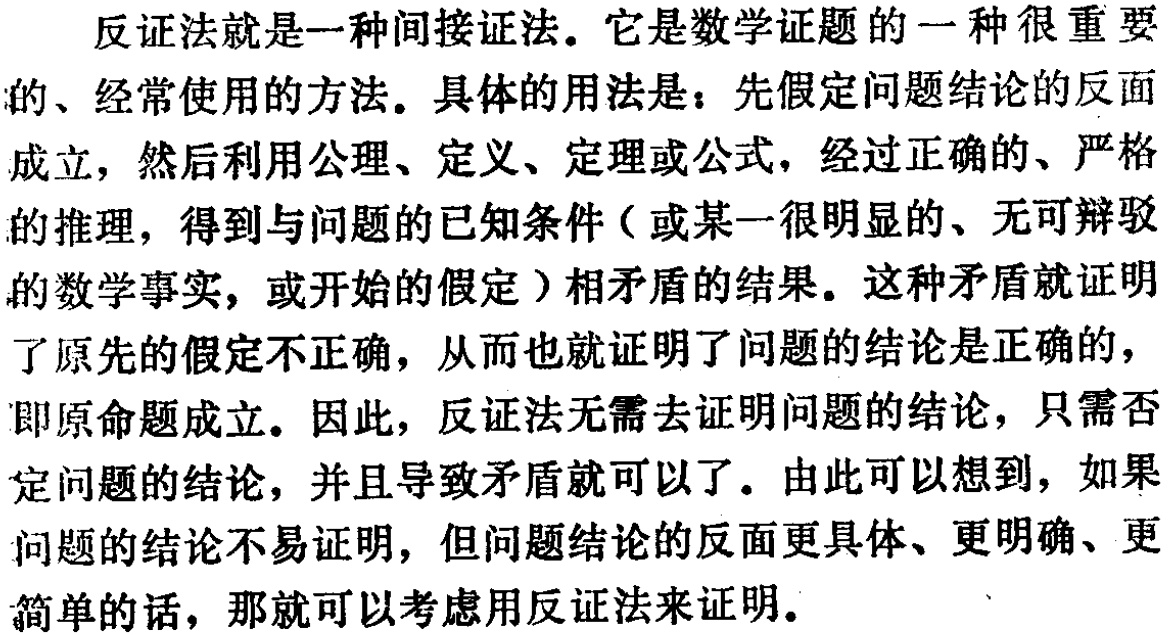
反证法就是一种间接证法。它是数学证题的一种很重要的、经常使用的方法。具体的用法是：先假定问题结论的反面成立，然后利用公理、定义、定理或公式，经过正确的、严格的推理，得到与问题的已知条件（或某一很明显的、无可辩驳的数学事实，或开始的假定）相矛盾的结果。这种矛盾就证明了原先的假定不正确，从而也就证明了问题的结论是正确的，即原命题成立。因此，反证法无需去证明问题的结论，只需否定问题的结论，并且导致矛盾就可以了。由此可以想到，如果问题的结论不易证明，但问题结论的反面更具体、更明确、更简单的话，那就可以考虑用反证法来证明。